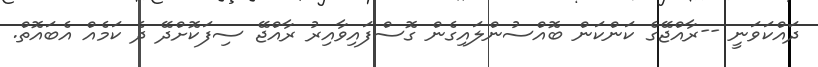
ދައްކަވަނީ --ރާއްޖޭގެ ކަންކަން ބޮއްސުންލައިގެން ގޮސްފައިވާއިރު ރާއްޖޭ ސިފަކޮށްދޭ ދެ ކަމެއް އެބައޮތް.